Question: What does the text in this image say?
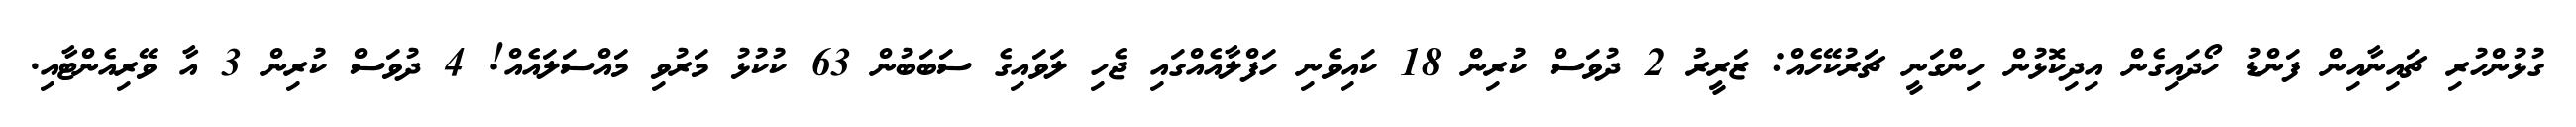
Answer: ގުޅުންހުރި ޗައިނާއިން ފަންޑު ހޯދައިގެން އިދިކޮޅުން ހިންގަނީ ޗަރުކޭހެއް: ޒަރީރު 2 ދުވަސް ކުރިން 18 ކައިވެނި ހަފްލާއެއްގައި ޖެހި ލަވައިގެ ސަބަބުން 63 ކުކުޅު މަރުވި މައްސަލައެއް! 4 ދުވަސް ކުރިން 3 އާ ވޭރިއެންޓާއި.